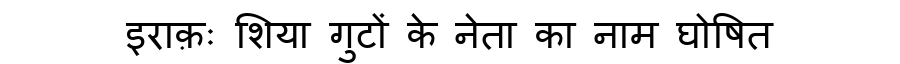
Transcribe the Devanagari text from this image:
इराक़ः शिया गुटों के नेता का नाम घोषित